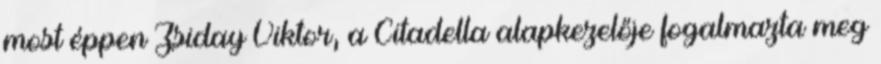
most éppen Zsiday Viktor, a Citadella alapkezelője fogalmazta meg